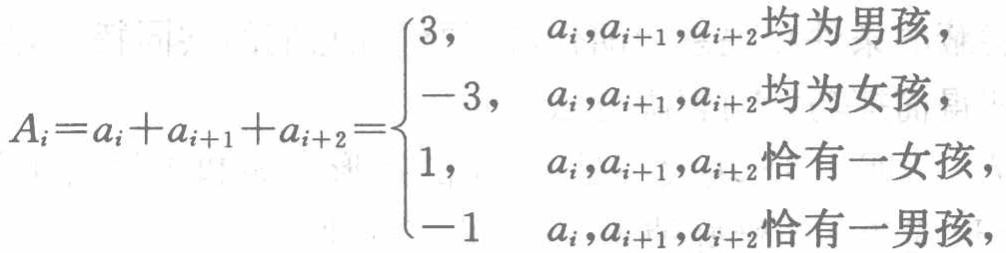
\[

A_{i}=a_{i}+a_{i + 1}+a_{i + 2}=

\begin{cases}

3, &a_{i},a_{i + 1},a_{i + 2}\text{ 均为男孩},\\

-3, &a_{i},a_{i + 1},a_{i + 2}\text{ 均为女孩},\\

1, &a_{i},a_{i + 1},a_{i + 2}\text{ 恰有一女孩},\\

-1 &a_{i},a_{i + 1},a_{i + 2}\text{ 恰有一男孩},

\end{cases}

\]